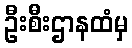
ဦးစီးဌာနထံမှ